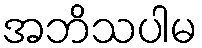
အဘိသပါမ